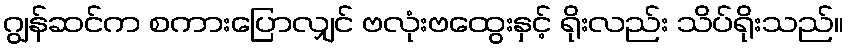
ဂျွန်ဆင်က စကားပြောလျှင် ဗလုံးဗထွေးနှင့် ရိုးလည်း သိပ်ရိုးသည်။